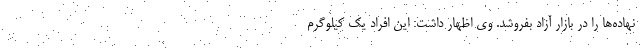
نهاده‌ها را در بازار آزاد بفروشد. وی اظهار داشت: این افراد یک کیلوگرم